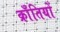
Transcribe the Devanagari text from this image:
क्राँतियों